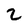
Character: 2